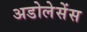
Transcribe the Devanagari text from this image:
अडोलेसेंस